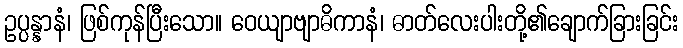
ဥပ္ပန္နာနံ၊ ဖြစ်ကုန်ပြီးသော။ ဝေယျာဗျာဓိကာနံ၊ ဓာတ်လေးပါးတို့၏ချောက်ခြားခြင်း